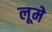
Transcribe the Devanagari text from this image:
लूमे